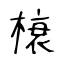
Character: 榱